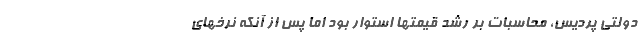
دولتی پردیس، محاسبات بر رشد قیمتها استوار بود اما پس از آنکه نرخهای